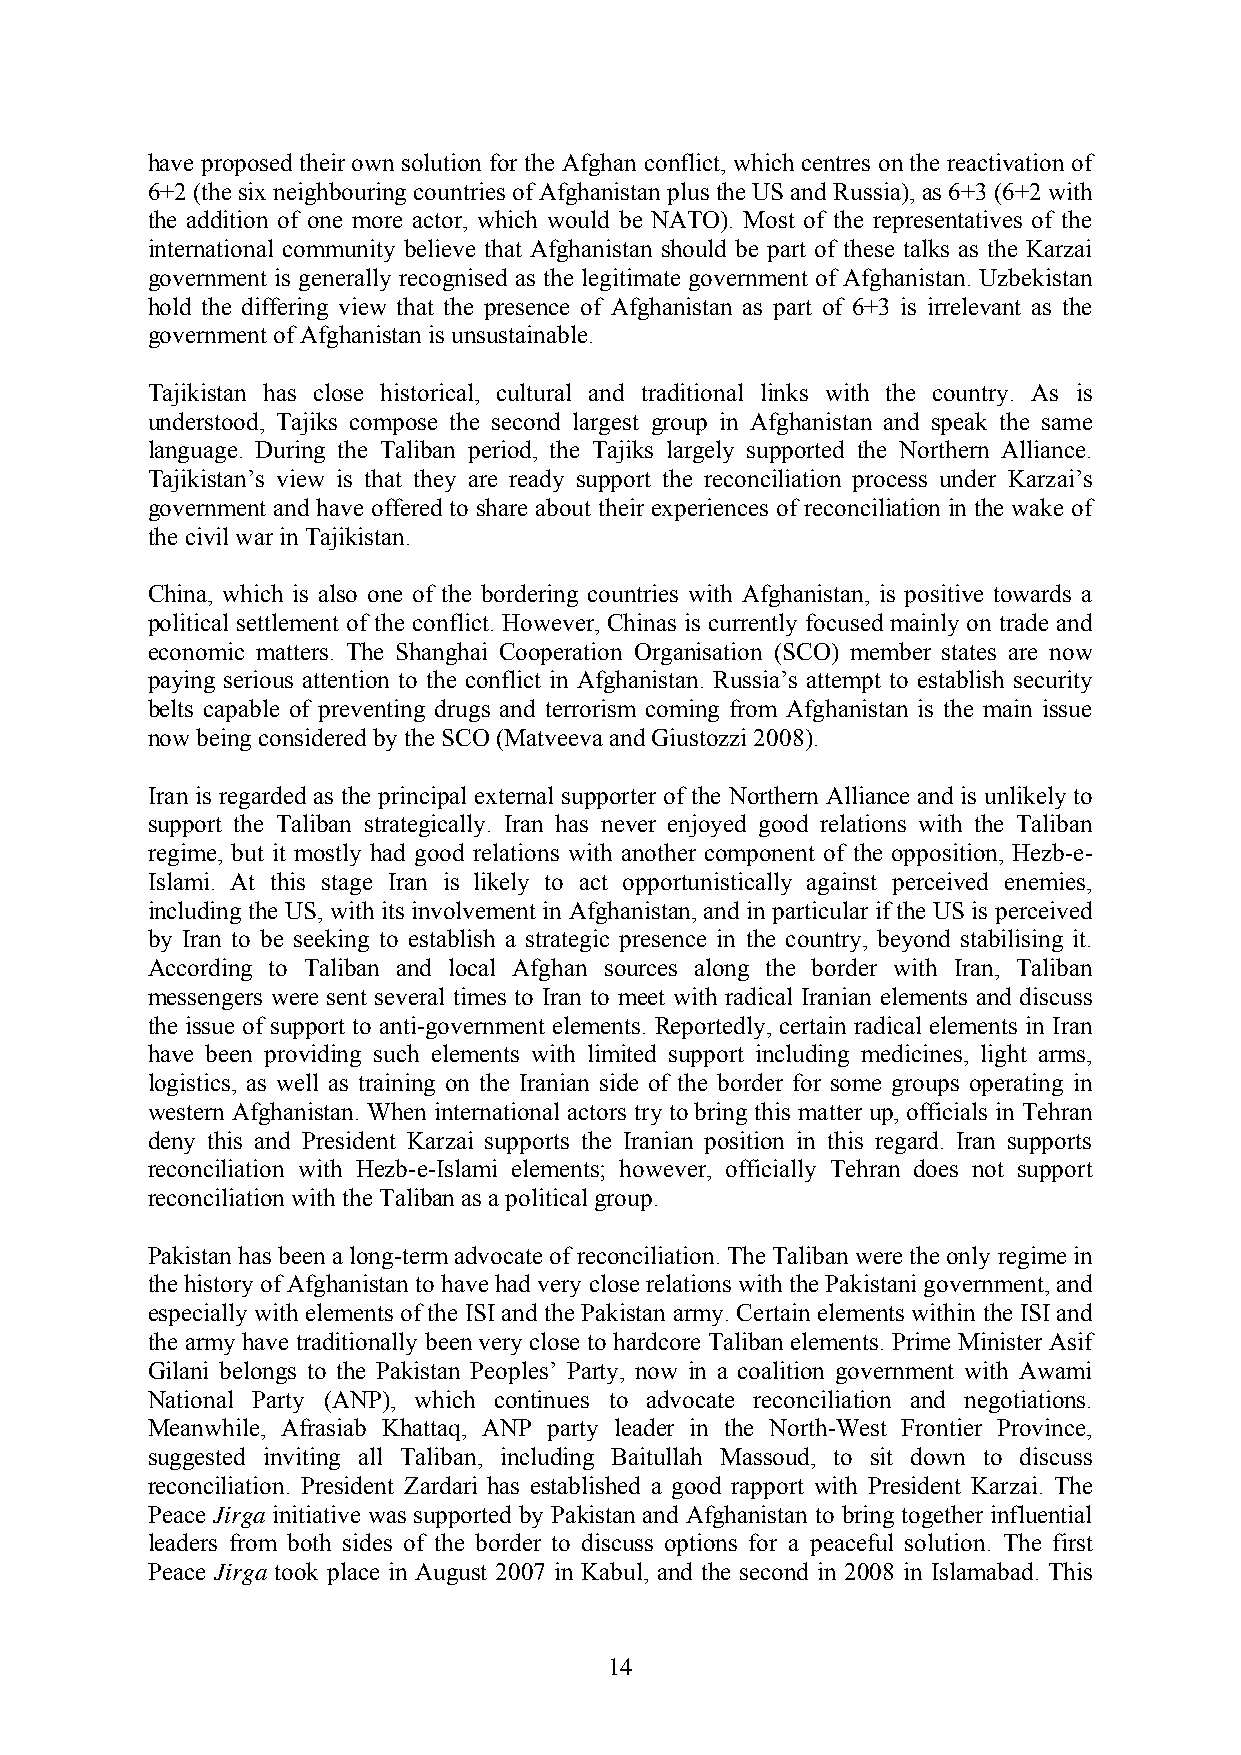
have proposed their own solution for the Afghan conflict, which centres on the reactivation of
 6+2 (the six neighbouring countries of Afghanistan plus the US and Russia), as 6+3 (6+2 with
 the addition of one more actor, which would be NATO). Most of the representatives of the
 international community believe that Afghanistan should be part of these talks as the Karzai
 government is generally recognised as the legitimate government of Afghanistan. Uzbekistan
 hold the differing view that the presence of Afghanistan as part of 6+3 is irrelevant as the
 government of Afghanistan is unsustainable.
 Tajikistan has close historical, cultural and traditional links with the country. As is
 understood, Tajiks compose the second largest group in Afghanistan and speak the same
 language. During the Taliban period, the Tajiks largely supported the Northern Alliance.
 Tajikistan’s view is that they are ready support the reconciliation process under Karzai’s
 government and have offered to share about their experiences of reconciliation in the wake of
 the civil war in Tajikistan.
 China, which is also one of the bordering countries with Afghanistan, is positive towards a
 political settlement of the conflict. However, Chinas is currently focused mainly on trade and
 economic matters. The Shanghai Cooperation Organisation (SCO) member states are now
 paying serious attention to the conflict in Afghanistan. Russia’s attempt to establish security
 belts capable of preventing drugs and terrorism coming from Afghanistan is the main issue
 now being considered by the SCO (Matveeva and Giustozzi 2008).
 Iran is regarded as the principal external supporter of the Northern Alliance and is unlikely to
 support the Taliban strategically. Iran has never enjoyed good relations with the Taliban
 regime, but it mostly had good relations with another component of the opposition, Hezb-e-
 Islami. At this stage Iran is likely to act opportunistically against perceived enemies,
 including the US, with its involvement in Afghanistan, and in particular if the US is perceived
 by Iran to be seeking to establish a strategic presence in the country, beyond stabilising it.
 According to Taliban and local Afghan sources along the border with Iran, Taliban
 messengers were sent several times to Iran to meet with radical Iranian elements and discuss
 the issue of support to anti-government elements. Reportedly, certain radical elements in Iran
 have been providing such elements with limited support including medicines, light arms,
 logistics, as well as training on the Iranian side of the border for some groups operating in
 western Afghanistan. When international actors try to bring this matter up, officials in Tehran
 deny this and President Karzai supports the Iranian position in this regard. Iran supports
 reconciliation with Hezb-e-Islami elements; however, officially Tehran does not support
 reconciliation with the Taliban as a political group.
 Pakistan has been a long-term advocate of reconciliation. The Taliban were the only regime in
 the history of Afghanistan to have had very close relations with the Pakistani government, and
 especially with elements of the ISI and the Pakistan army. Certain elements within the ISI and
 the army have traditionally been very close to hardcore Taliban elements. Prime Minister Asif
 Gilani belongs to the Pakistan Peoples’ Party, now in a coalition government with Awami
 National Party (ANP), which continues to advocate reconciliation and negotiations.
 Meanwhile, Afrasiab Khattaq, ANP party leader in the North-West Frontier Province,
 suggested inviting all Taliban, including Baitullah Massoud, to sit down to discuss
 reconciliation. President Zardari has established a good rapport with President Karzai. The
 Peace Jirga initiative was supported by Pakistan and Afghanistan to bring together influential
 leaders from both sides of the border to discuss options for a peaceful solution. The first
 Peace Jirga took place in August 2007 in Kabul, and the second in 2008 in Islamabad. This
 14